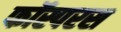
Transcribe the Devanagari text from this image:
फॉस्परस